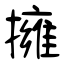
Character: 擁